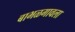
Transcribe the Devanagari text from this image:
बाभळगावला